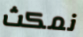
نمكث